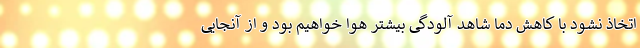
اتخاذ نشود با کاهش دما شاهد آلودگی بیشتر هوا خواهیم بود و از آنجایی